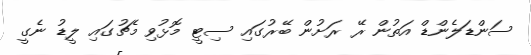
ސަންޑަލެންޑް އަތުން ރޭ ރަށުން ބޭރުގައި ސިޓީ މޮޅުވި މެޗުގައި ލީޑު ނެގީ